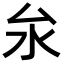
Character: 𪵨